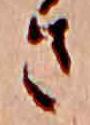
さ